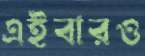
এইবারও